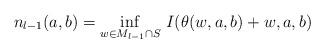
LaTeX: \begin{align*} n_{l-1}(a,b) = \inf_{w \in M_{l-1} \cap S}\, I(\theta(w,a,b) + w,a,b)\end{align*}